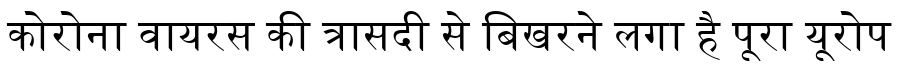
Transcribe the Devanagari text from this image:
कोरोना वायरस की त्रासदी से बिखरने लगा है पूरा यूरोप